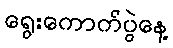
ရွေးကောက်ပွဲနေ့